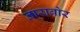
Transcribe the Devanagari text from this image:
ताराबोर